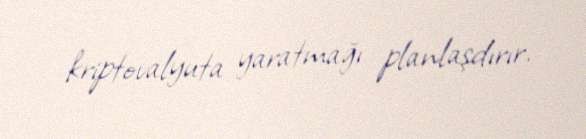
kriptovalyuta yaratmağı planlaşdırır.